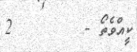
ކީއްވެތޯ -        2